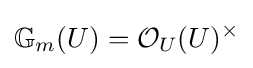
\mathbb {G} _{m}(U)={\mathcal {O}}_{U}(U)^{\times }